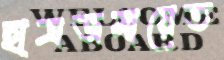
ছাত্রজমায়েত